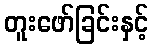
တူးဖော်ခြင်းနှင့်